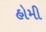
હોમી